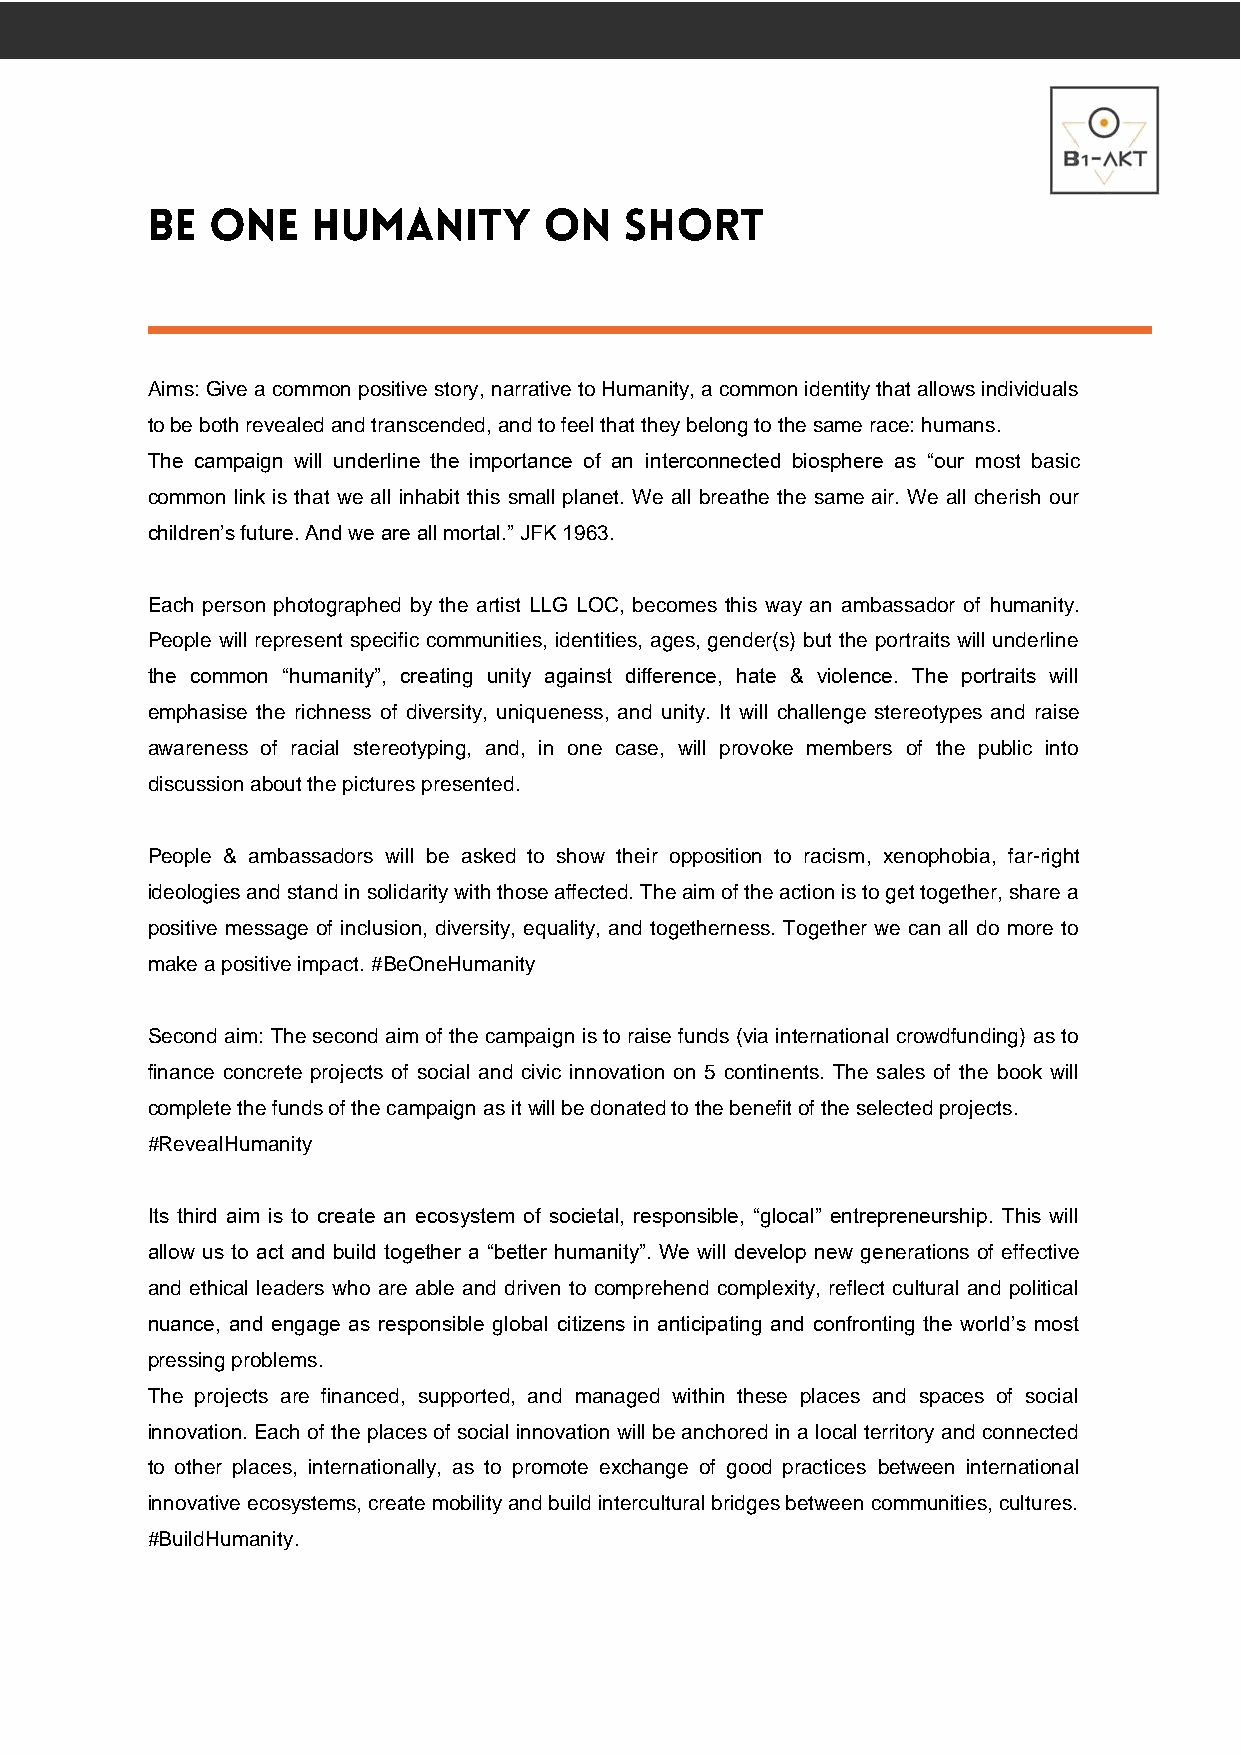
Aims: Give a common positive story, narrative to Humanity, a common identity that allows individuals
 to be both revealed and transcended, and to feel that they belong to the same race: humans.
 The campaign will underline the importance of an interconnected biosphere as “our most basic
 common link is that we all inhabit this small planet. We all breathe the same air. We all cherish our
 children’s future. And we are all mortal.” JFK 1963.
 Each person photographed by the artist LLG LOC, becomes this way an ambassador of humanity.
 People will represent specific communities, identities, ages, gender(s) but the portraits will underline
 the common “humanity”, creating unity against difference, hate & violence. The portraits will
 emphasise the richness of diversity, uniqueness, and unity. It will challenge stereotypes and raise
 awareness of racial stereotyping, and, in one case, will provoke members of the public into
 discussion about the pictures presented.
 People & ambassadors will be asked to show their opposition to racism, xenophobia, far-right
 ideologies and stand in solidarity with those affected. The aim of the action is to get together, share a
 positive message of inclusion, diversity, equality, and togetherness. Together we can all do more to
 make a positive impact. #BeOneHumanity
 Second aim: The second aim of the campaign is to raise funds (via international crowdfunding) as to
 finance concrete projects of social and civic innovation on 5 continents. The sales of the book will
 complete the funds of the campaign as it will be donated to the benefit of the selected projects.
 #RevealHumanity
 Its third aim is to create an ecosystem of societal, responsible, “glocal” entrepreneurship. This will
 allow us to act and build together a “better humanity”. We will develop new generations of effective
 and ethical leaders who are able and driven to comprehend complexity, reflect cultural and political
 nuance, and engage as responsible global citizens in anticipating and confronting the world’s most
 pressing problems.
 The projects are financed, supported, and managed within these places and spaces of social
 innovation. Each of the places of social innovation will be anchored in a local territory and connected
 to other places, internationally, as to promote exchange of good practices between international
 innovative ecosystems, create mobility and build intercultural bridges between communities, cultures.
 #BuildHumanity.